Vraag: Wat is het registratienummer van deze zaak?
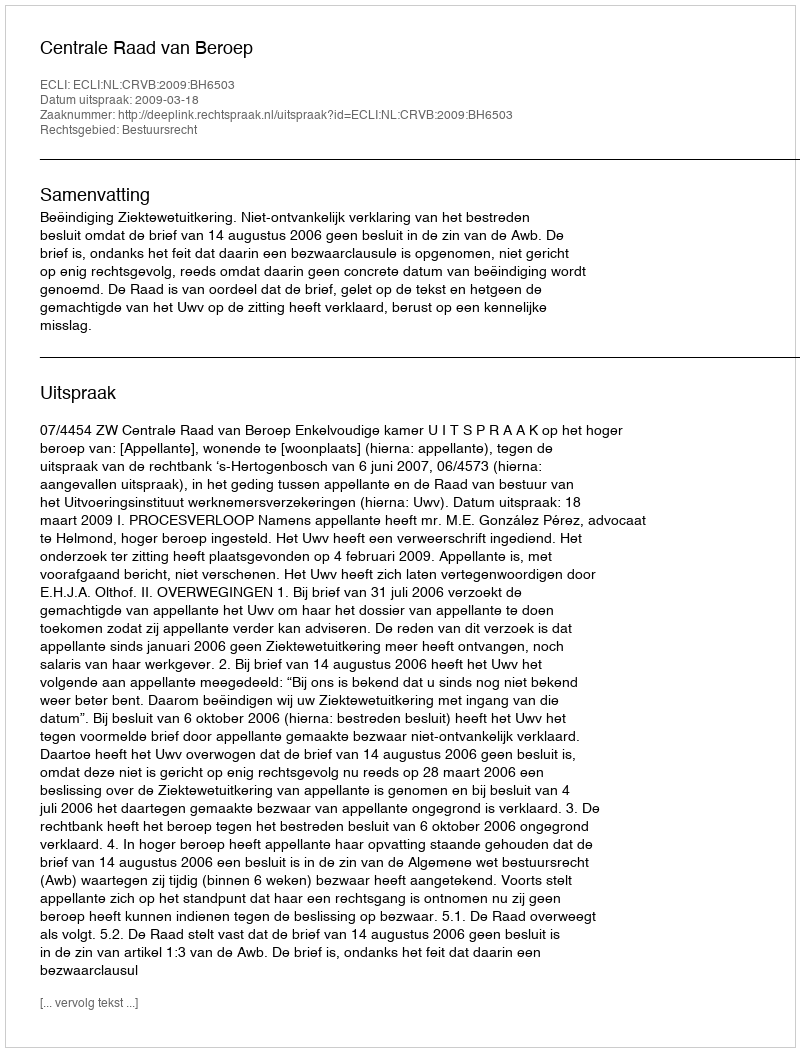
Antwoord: http://deeplink.rechtspraak.nl/uitspraak?id=ECLI:NL:CRVB:2009:BH6503